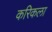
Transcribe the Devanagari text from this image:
करिकला